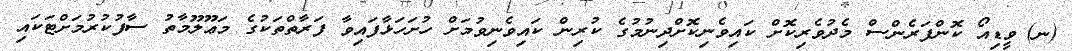
(ނ)	ވީޑިއޯ ކޮންފަރެންސް މެދުވެރިކޮށް ކައިވެނިކޮށްދިނުމުގެ ކުރިން ކައިވެނިވުމަށް ހުށަހަޅާފައިވާ ފަރާތްތަކުގެ މަޢޫލޫމާތު ސާފުކުރުމަށްޓަކައި